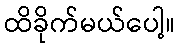
ထိခိုက်မယ်ပေါ့။